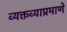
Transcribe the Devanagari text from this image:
व्यक्तव्याप्रमाणे